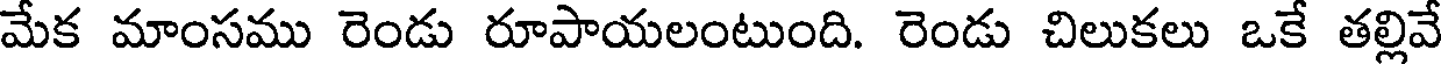
మేక మాంసము రెండు రూపాయలంటుంది. రెండు చిలుకలు ఒకే తల్లివే